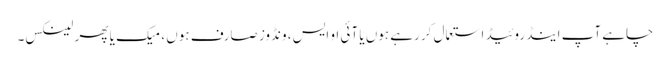
چاہے آپ اینڈروئیڈ استعمال کر رہے ہوں یا آئی او ایس، ونڈوز صارف ہوں ، میک یا پھر لینکس۔